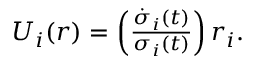
\begin{array} { r } { U _ { i } ( \boldsymbol { r } ) = \left( \frac { \dot { \sigma } _ { i } ( t ) } { \sigma _ { i } ( t ) } \right) r _ { i } . } \end{array}